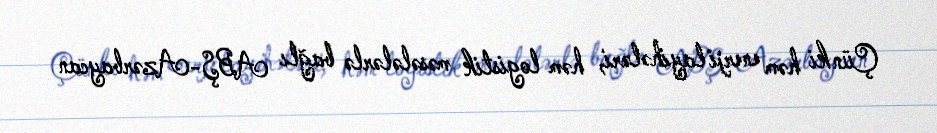
Çünki həm enerji layihələri, həm logistik məsələlərlə bağlı ABŞ-Azərbaycan